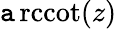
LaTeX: \operatorname{\mathtt{a}rccot}(z)